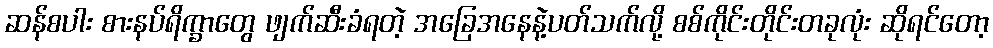
ဆန်စပါး စားနပ်ရိက္ခာတွေ ဖျက်ဆီးခံရတဲ့ အခြေအနေနဲ့ပတ်သက်လို့ စစ်ကိုင်းတိုင်းတခုလုံး ဆိုရင်တော့